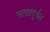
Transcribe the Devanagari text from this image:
सततदुर्गत